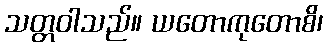
သတ္တဝါသည်။ ယတောကုတောစိ၊